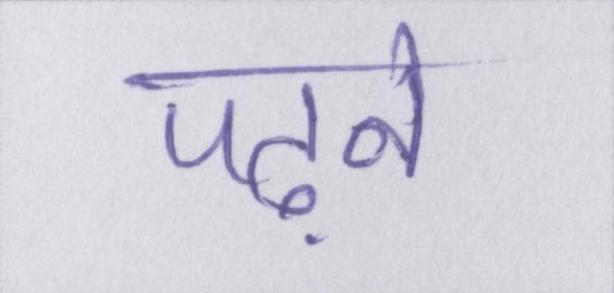
पढ़ने